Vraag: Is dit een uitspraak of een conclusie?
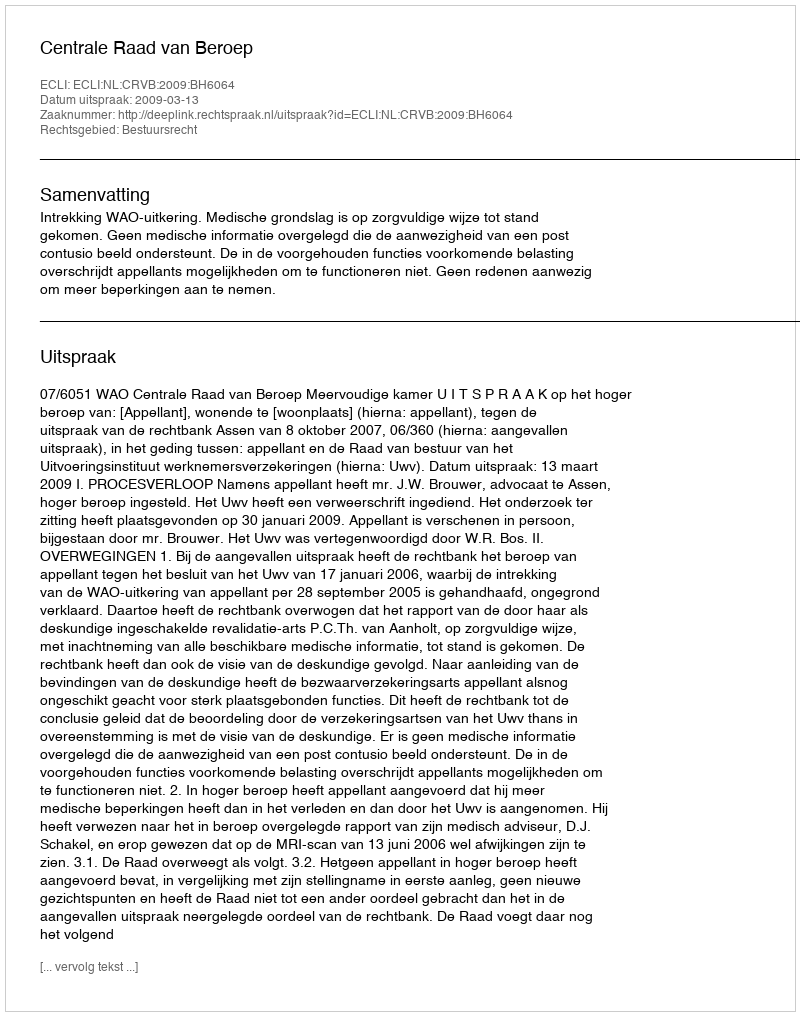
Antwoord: Uitspraak